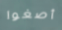
أصغوا